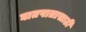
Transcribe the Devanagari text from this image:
घातपातासाठी